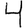
Digit: 4